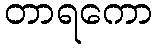
တာရကော